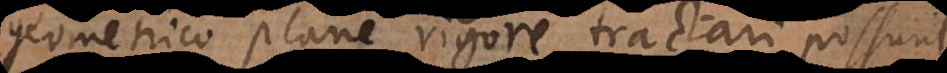
geometrico plane rigore tractari possunt.